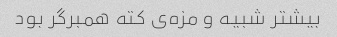
بیشتر شبیه و مزه‌ی کته همبرگر بود